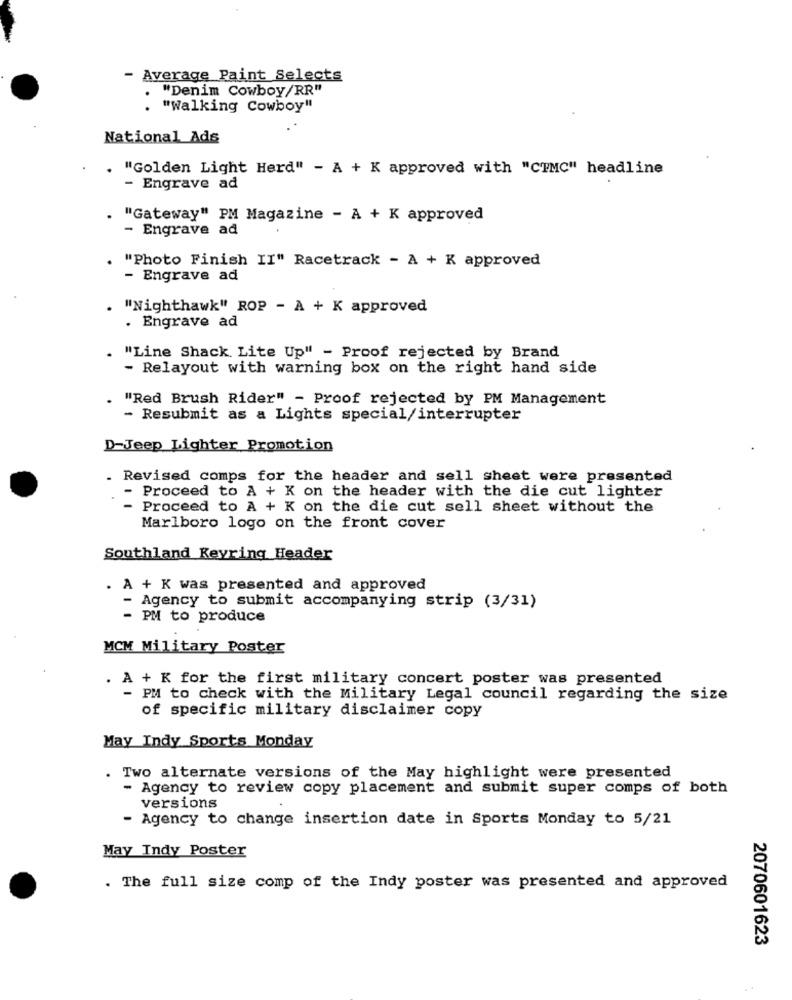
- Average Paint Selects
"Denim Cowboy/RR"
.
. "Walking Cowboy"
National_Ads
"Golden Light Herd" - A + K approved with "CTMC" headline
- Engrave ad
"Gateway" PM Magazine - A + K approved
- Engrave ad
"Photo Finish II" Racetrack - A + K approved
- Engrave ad
"Nighthawk" ROP - A + K approved
. Engrave ad
"Line Shack. Lite Up" - Proof rejected by Brand
- Relayout with warning box on the right hand side
"Red Brush Rider" - Proof rejected by PM Management
- Resubmit as a Lights special/interrupter
D-Jeep Lighter Promotion
. Revised comps for the header and sell sheet were presented
Proceed to A + K on the header with the die cut lighter
Proceed to A + K on the die cut sell sheet without the
Marlboro logo on the front cover
Southland Keyring Header
. A + K was presented and approved
- Agency to submit accompanying strip (3/31)
- PM to produce
MCM Military Poster
. A + K for the first military concert poster was presented
- PM to check with the Military Legal council regarding the size
of specific military disclaimer copy
May Indy Sports Monday
. Two alternate versions of the May highlight were presented
- Agency to review copy placement and submit super comps of both
versions
- Agency to change insertion date in Sports Monday to 5/21
May Indy Poster
. The full size comp of the Indy poster was presented and approved
2070601623
..